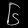
Digit: ၆